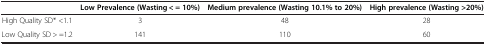
<table><thead><tr><td><b> </b></td><td><b>Low Prevalence (Wasting &lt; = 10%)</b></td><td><b>Medium prevalence (Wasting 10.1% to 20%)</b></td><td><b>High prevalence (Wasting &gt;20%)</b></td></tr></thead><tbody><tr><td>High Quality SD* &lt;1.1</td><td>3</td><td>48</td><td>28</td></tr><tr><td>Low Quality SD &gt; =1.2</td><td>141</td><td>110</td><td>60</td></tr></tbody></table>